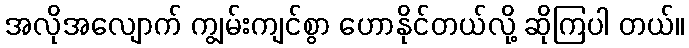
အလိုအလျောက် ကျွမ်းကျင်စွာ ဟောနိုင်တယ်လို့ ဆိုကြပါ တယ်။